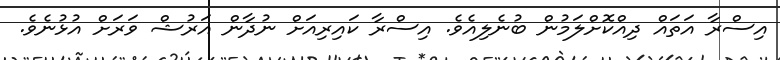
އިސްރާ އަތައް ދިއްކޮށްލަމުން ބުނެލިއެވެ. އިސްރާ ކައިރިއަށް ނުދާން އަރުޝް ވަރަށް އުޅުނެވެ.